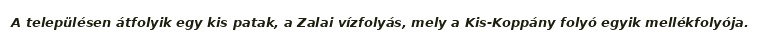
A településen átfolyik egy kis patak, a Zalai vízfolyás, mely a Kis-Koppány folyó egyik mellékfolyója.